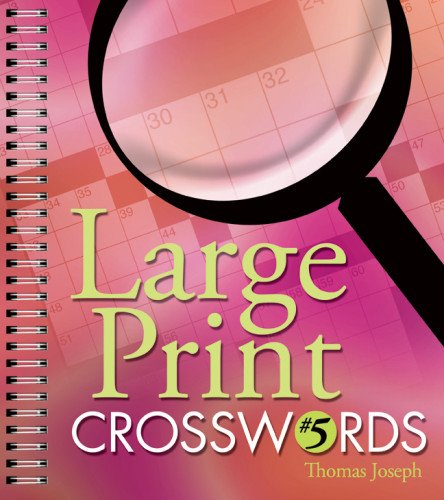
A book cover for Large Print Crosswords #5; Thomas Joseph; Humor & Entertainment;